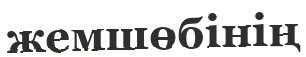
жемшөбінің